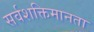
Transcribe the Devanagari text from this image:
सर्वशक्तिमानता